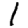
Digit: 1